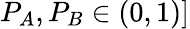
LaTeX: P_{A},P_{B}\in(0,1)]